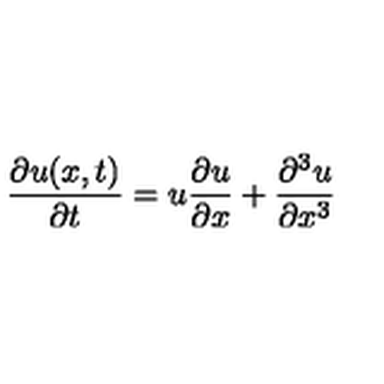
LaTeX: { \frac { \partial u ( x , t ) } { \partial t } } = u { \frac { \partial u } { \partial x } } + { \frac { \partial ^ { 3 } u } { \partial x ^ { 3 } } }